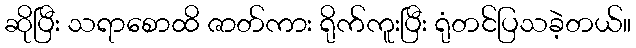
ဆိုပြီး သရာစောထိ ဇာတ်ကား ရိုက်ကူးပြီး ရုံတင်ပြသခဲ့တယ်။